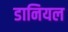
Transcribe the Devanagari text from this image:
डानियल